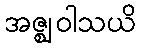
အဇ္ဈဝါသယိ